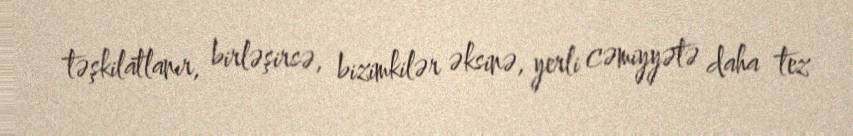
təşkilatlanır, birləşirsə, bizimkilər əksinə, yerli cəmiyyətə daha tez